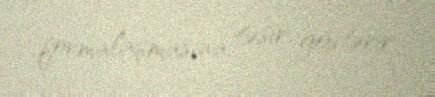
formalaşmasına təsir göstərir.